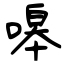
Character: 嗥